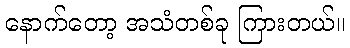
နောက်တော့ အသံတစ်ခု ကြားတယ်။